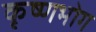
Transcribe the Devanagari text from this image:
कृष्णभोग